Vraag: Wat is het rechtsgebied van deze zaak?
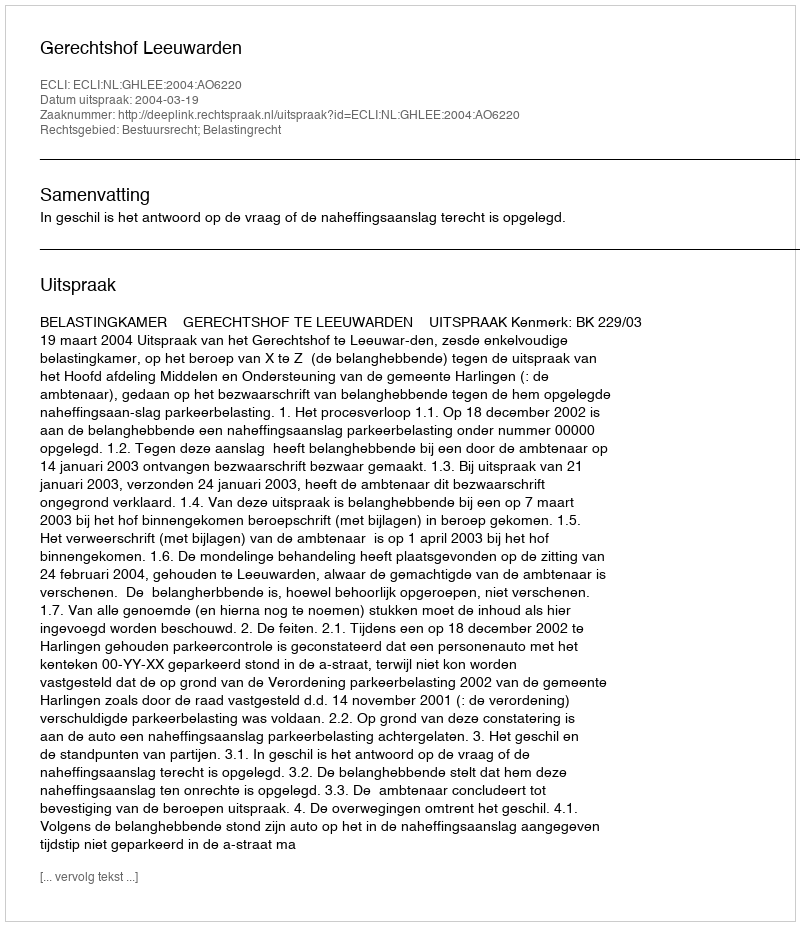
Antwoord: Bestuursrecht; Belastingrecht